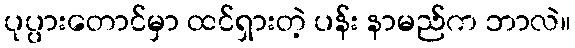
ပုပ္ပားတောင်မှာ ထင်ရှားတဲ့ ပန်း နာမည်က ဘာလဲ။